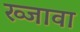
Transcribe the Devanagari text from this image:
ख्जावा